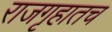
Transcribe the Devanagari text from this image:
राजगृहातच